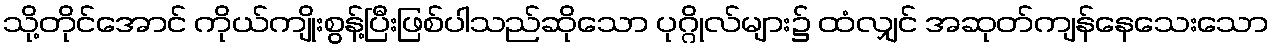
သို့တိုင်အောင် ကိုယ်ကျိုးစွန့်ပြီးဖြစ်ပါသည်ဆိုသော ပုဂ္ဂိုလ်များ၌ ထံလျှင် အဆုတ်ကျန်နေသေးသော